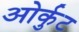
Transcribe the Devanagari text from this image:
ओर्कुट